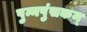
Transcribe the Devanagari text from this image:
पुन्नपुंसकम्‌